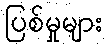
ပြစ်မှုများ